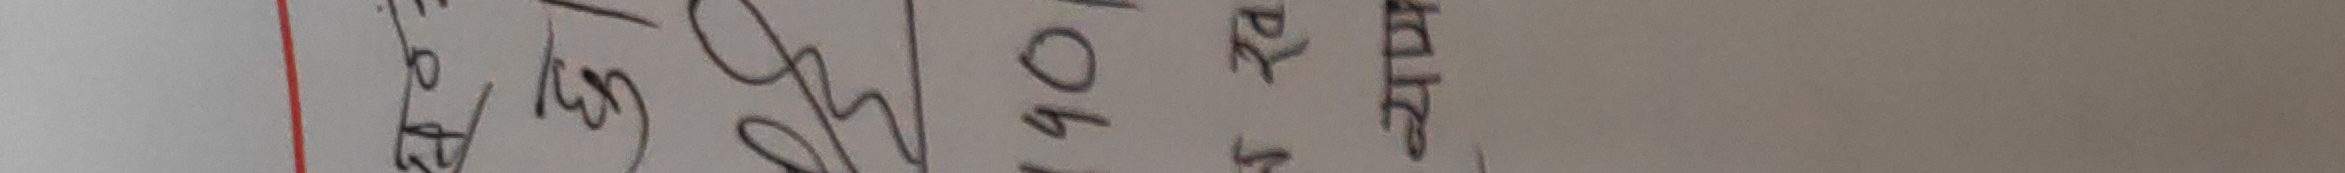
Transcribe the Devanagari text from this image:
ख्री. से. 232077 ।
404 क्री. नि.